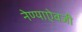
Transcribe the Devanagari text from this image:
नेण्याऐवजी